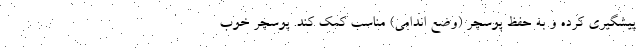
پیشگیری کرده و به حفظ پوسچر (وضع اندامی) مناسب کمک کند. پوسچر خوب